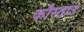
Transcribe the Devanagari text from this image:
कौस्ताउ